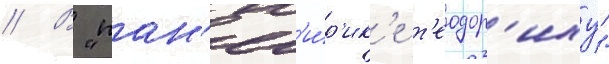
// В "пан'ег'и́р'ик'е т'еодор'иху"